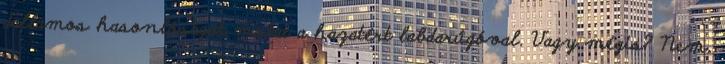
dallamos hasonlóságot mutat a hazatért labdarúgóval. Vagy mégis? Nem,